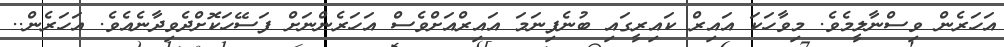
އަހަރެން ވިސްނާލީމެވެ. މިވާހަކަ އައިރް ކައިރީގައި ބުނެފިނަމަ އައިރްއަށްވެސް އަހަރެންނަށް ފަސޭހަކޮށްދެވިދާނެއެވެ. އަހަރެން..